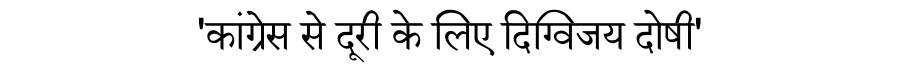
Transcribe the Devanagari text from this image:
'कांग्रेस से दूरी के लिए दिग्विजय दोषी'